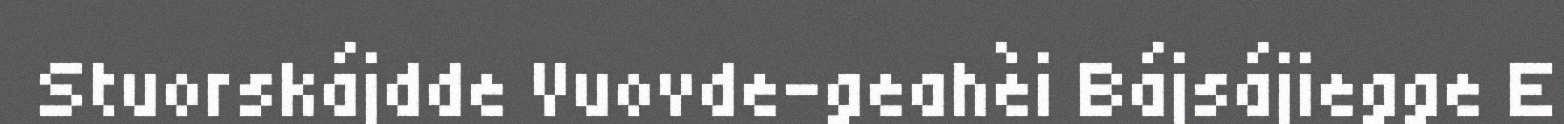
Stuorskájdde Vuovde-geahèi Bájsájiegge E